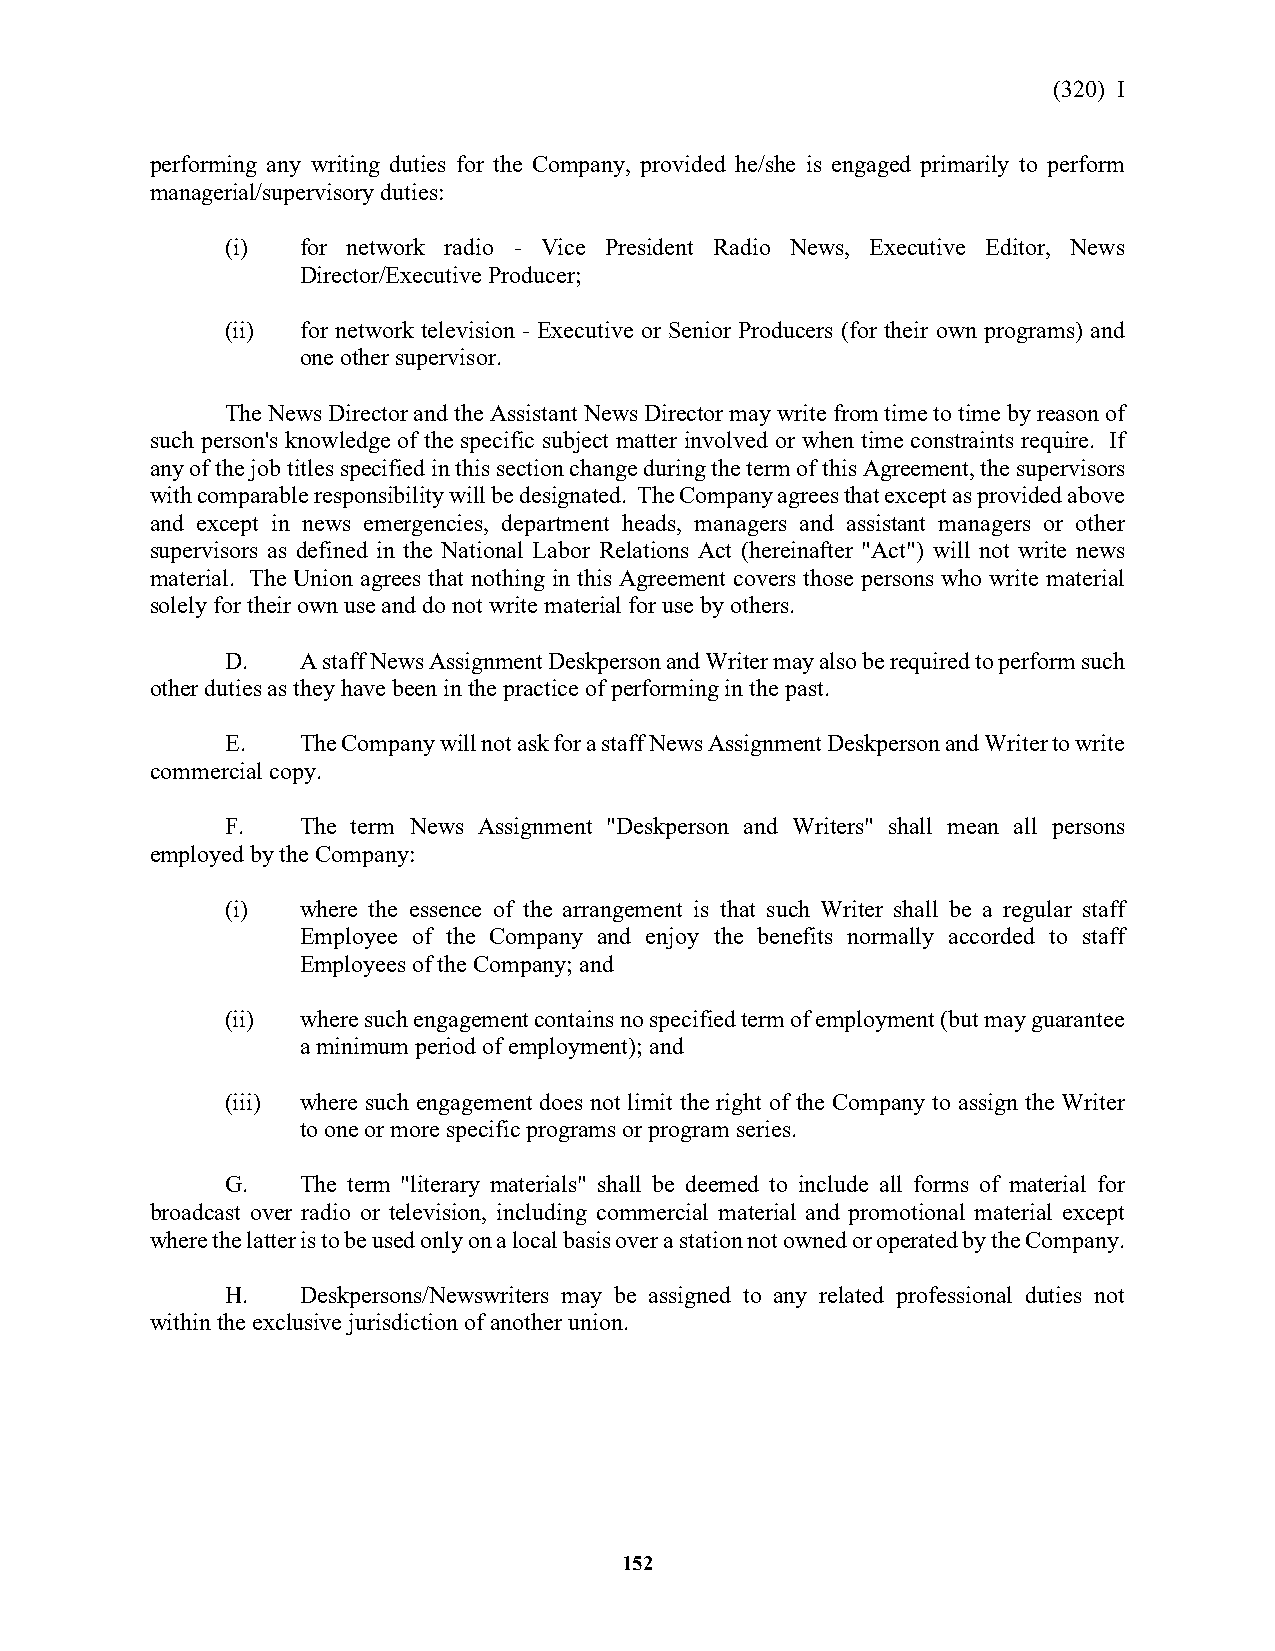
(320) I
 performing any writing duties for the Company, provided he/she is engaged primarily to perform
 managerial/supervisory duties:
 (i)  for network radio - Vice President Radio News, Executive Editor, News
 Director/Executive Producer;
 (ii) for network television - Executive or Senior Producers (for their own programs) and
 one other supervisor.
 The News Director and the Assistant News Director may write from time to time by reason of
 such person's knowledge of the specific subject matter involved or when time constraints require. If
 any of the job titles specified in this section change during the term of this Agreement, the supervisors
 with comparable responsibility will be designated. The Company agrees that except as provided above
 and except in news emergencies, department heads, managers and assistant managers or other
 supervisors as defined in the National Labor Relations Act (hereinafter "Act") will not write news
 material. The Union agrees that nothing in this Agreement covers those persons who write material
 solely for their own use and do not write material for use by others.
 D.   A staff News Assignment Deskperson and Writer may also be required to perform such
 other duties as they have been in the practice of performing in the past.
 E.   The Company will not ask for a staff News Assignment Deskperson and Writer to write
 commercial copy.
 F.   The term News Assignment "Deskperson and Writers" shall mean all persons
 employed by the Company:
 (i)  where the essence of the arrangement is that such Writer shall be a regular staff
 Employee of the Company and enjoy the benefits normally accorded to staff
 Employees of the Company; and
 (ii) where such engagement contains no specified term of employment (but may guarantee
 a minimum period of employment); and
 (iii) where such engagement does not limit the right of the Company to assign the Writer
 to one or more specific programs or program series.
 G.   The term "literary materials" shall be deemed to include all forms of material for
 broadcast over radio or television, including commercial material and promotional material except
 where the latter is to be used only on a local basis over a station not owned or operated by the Company.
 H.   Deskpersons/Newswriters may be assigned to any related professional duties not
 within the exclusive jurisdiction of another union.
 152